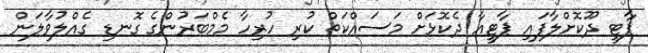
ޕާޓީ ދޫކޮށްލާފައި ޕާޓީއާ ދެކޮޅަށް މަސައްކަތް ކުރި ހުރިހާ މެމްބަރުންގެ ގޮނޑި ގެއްލުވާލަން